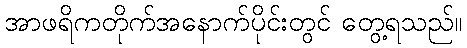
အာဖရိကတိုက်အနောက်ပိုင်းတွင် တွေ့ရသည်။